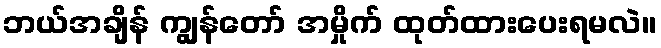
ဘယ်အချိန် ကျွန်တော် အမှိုက် ထုတ်ထားပေးရမလဲ။